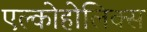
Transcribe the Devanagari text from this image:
एल्कोहोलिक्स